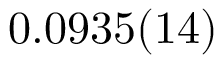
0 . 0 9 3 5 ( 1 4 )